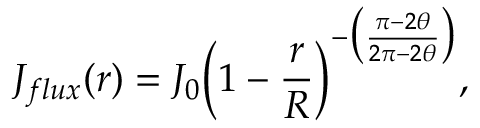
J _ { f l u x } ( r ) = J _ { 0 } \Big ( 1 - \frac { r } { R } \Big ) ^ { - \big ( \frac { \pi - 2 \theta } { 2 \pi - 2 \theta } \big ) } ,